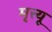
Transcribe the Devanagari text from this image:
मृत्त्यू